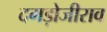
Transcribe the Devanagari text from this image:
दगड़ोजीराव